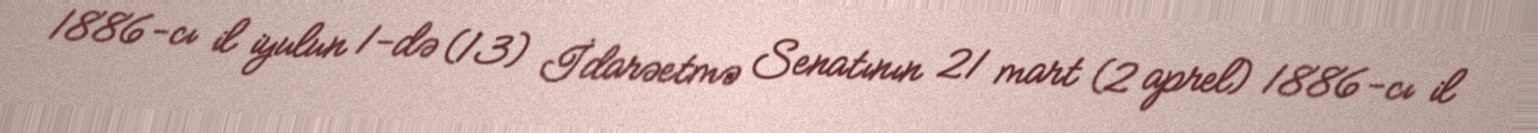
1886-cı il iyulun 1-də (13) İdarəetmə Senatının 21 mart (2 aprel) 1886-cı il